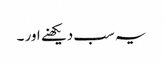
یہ سب دیکھنے اور ۔